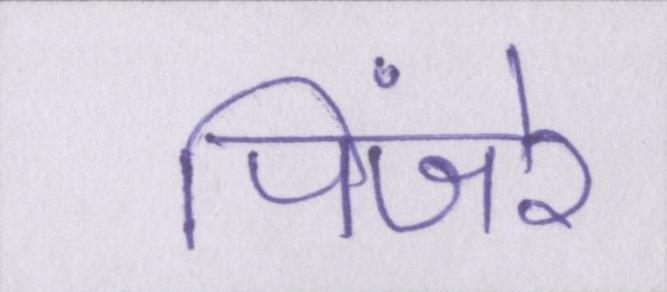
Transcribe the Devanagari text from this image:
पिंजरे